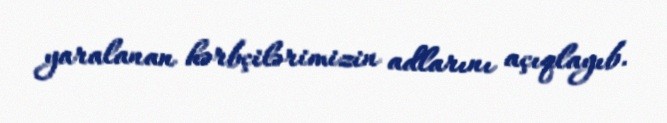
yaralanan hərbçilərimizin adlarını açıqlayıb.